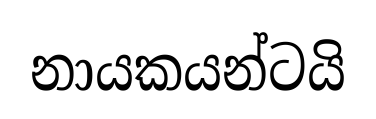
නායකයන්ටයි